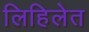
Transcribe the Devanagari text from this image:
लिहिलेत